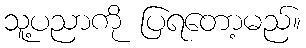
သူ့ပညာကို ပြရတော့မည်။